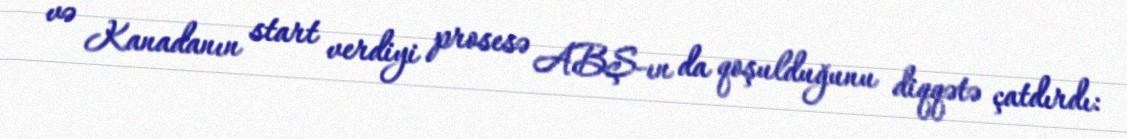
və Kanadanın start verdiyi prosesə ABŞ-ın da qoşulduğunu diqqətə çatdırdı: